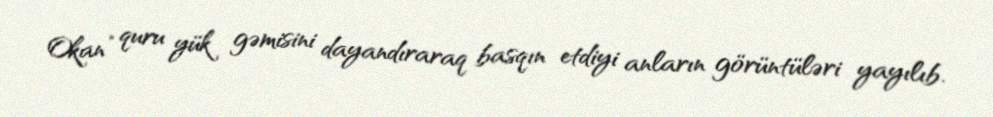
Okan” quru yük gəmisini dayandıraraq basqın etdiyi anların görüntüləri yayılıb.